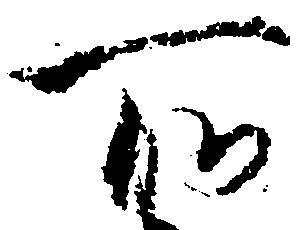
所